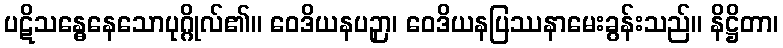
ပဋိသန္ဓေနေသောပုဂ္ဂိုလ်၏။ ဝေဒိယနပဉှာ၊ ဝေဒိယနပြဿနာမေးခွန်းသည်။ နိဋ္ဌိတာ၊